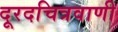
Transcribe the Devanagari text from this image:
दूरदचित्रवाणी